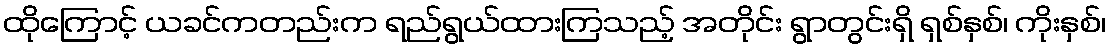
ထိုကြောင့် ယခင်ကတည်းက ရည်ရွယ်ထားကြသည့် အတိုင်း ရွာတွင်းရှိ ရှစ်နှစ်၊ ကိုးနှစ်၊